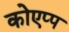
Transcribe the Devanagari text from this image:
कोएप्प